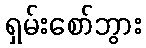
ရှမ်းစော်ဘွား